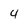
Character: 4